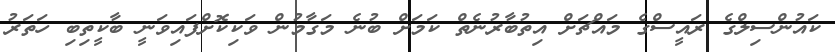
ކައުންސިލްގެ ރައީސްގެ މައްޗަށް އިތުބާރުނެތް ކަމަށް ބުނެ މަގާމުން ވަކިކޮށްފައިވަނީ ބާކީތިބި ހަތަރު